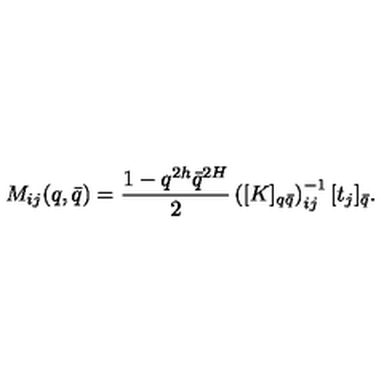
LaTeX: M _ { i j } ( q , \bar { q } ) = \frac { 1 - q ^ { 2 h } \bar { q } ^ { 2 H } } { 2 } \left( [ K ] _ { q \bar { q } } \right) _ { i j } ^ { - 1 } [ t _ { j } ] _ { \bar { q } } .